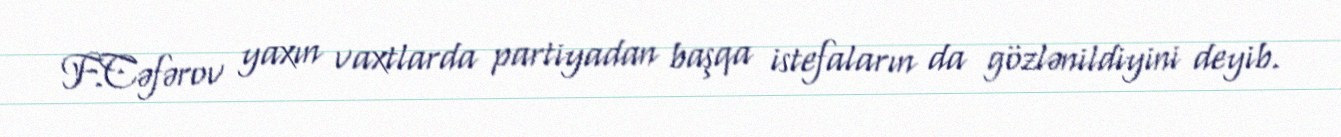
F.Cəfərov yaxın vaxtlarda partiyadan başqa istefaların da gözlənildiyini deyib.